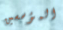
المؤسسين